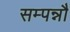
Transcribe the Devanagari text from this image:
सम्पन्नौ